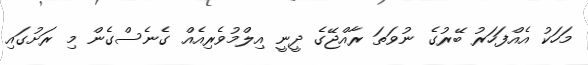
މަހަކު އެއްފަހަރު ބޭރުގެ ނުވަތަ ރާއްޖޭގެ ދީނީ އިލްމުވެރިއެއް ގެނެސްގެން މި ރަށުގައި